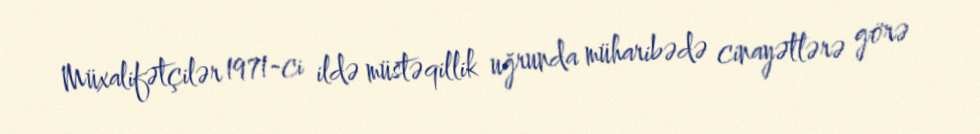
Müxalifətçilər 1971-ci ildə müstəqillik uğrunda müharibədə cinayətlərə görə